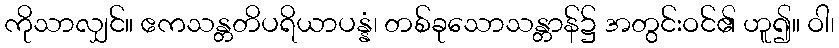
ကိုသာလျှင်။ ဧကသန္တတိပရိယာပန္နံ၊ တစ်ခုသောသန္တာန်၌ အတွင်းဝင်၏ ဟူ၍။ ဝါ၊